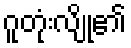
ဂူတုံးလျို၏